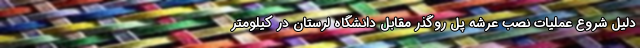
دلیل شروع عملیات نصب عرشه پل روگذر مقابل دانشگاه لرستان در کیلومتر